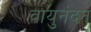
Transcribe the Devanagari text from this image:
वायुनंदन